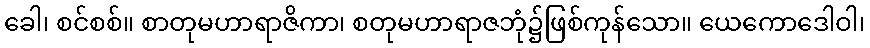
ခေါ၊ စင်စစ်။ စာတုမဟာရာဇိကာ၊ စတုမဟာရာဇဘုံ၌ဖြစ်ကုန်သော။ ယေကောဒေါဝါ၊